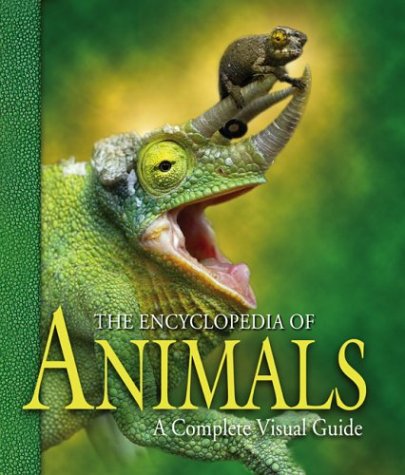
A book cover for The Encyclopedia of Animals: A Complete Visual Guide; Fred Cooke; Science & Math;